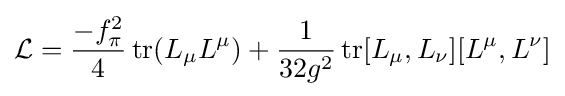
{\mathcal {L}}={\frac {-f_{\pi }^{2}}{4}}\operatorname {tr} (L_{\mu }L^{\mu })+{\frac {1}{32g^{2}}}\operatorname {tr} [L_{\mu },L_{\nu }][L^{\mu },L^{\nu }]